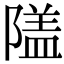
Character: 𨻹